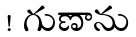
! గుణాను